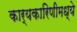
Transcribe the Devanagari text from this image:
कार्यकारिणीमध्ये